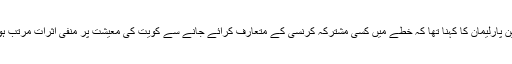
ان اراکین پارلیمان کا کہنا تھا کہ خطے میں کسی مشترکہ کرنسی کے متعارف کرائے جانے سے کویت کی معیشت پر منفی اثرات مرتب ہوں گے۔